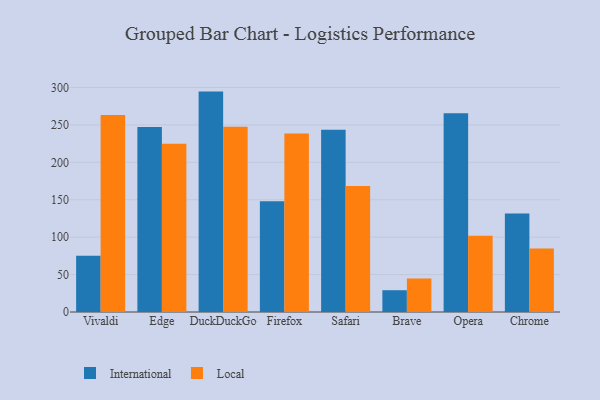
{"axis": {"x": "Browser", "y": "Market Share (%)"}, "legend": ["International", "Local"], "data": [{"x": "Vivaldi", "y": 75.3, "type": "International"}, {"x": "Vivaldi", "y": 263.3, "type": "Local"}, {"x": "Edge", "y": 247.1, "type": "International"}, {"x": "Edge", "y": 224.7, "type": "Local"}, {"x": "DuckDuckGo", "y": 294.5, "type": "International"}, {"x": "DuckDuckGo", "y": 247.5, "type": "Local"}, {"x": "Firefox", "y": 147.9, "type": "International"}, {"x": "Firefox", "y": 238.4, "type": "Local"}, {"x": "Safari", "y": 243.6, "type": "International"}, {"x": "Safari", "y": 168.4, "type": "Local"}, {"x": "Brave", "y": 29.1, "type": "International"}, {"x": "Brave", "y": 44.8, "type": "Local"}, {"x": "Opera", "y": 265.6, "type": "International"}, {"x": "Opera", "y": 102.0, "type": "Local"}, {"x": "Chrome", "y": 131.6, "type": "International"}, {"x": "Chrome", "y": 84.9, "type": "Local"}]}